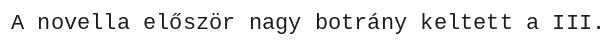
A novella először nagy botrány keltett a III.